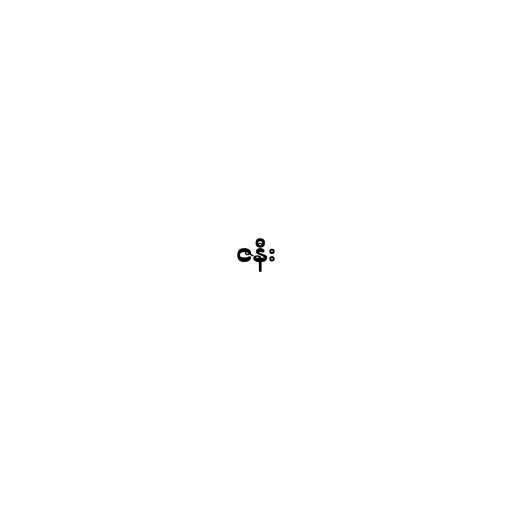
ဇနီး